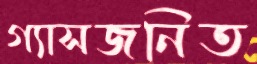
গ্যাসজনিত